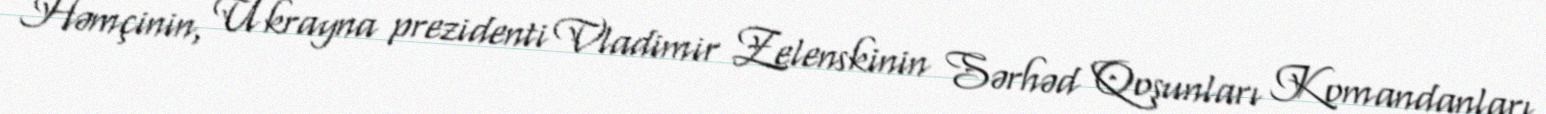
Həmçinin, Ukrayna prezidenti Vladimir Zelenskinin Sərhəd Qoşunları Komandanları